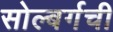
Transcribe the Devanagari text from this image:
सोल्बर्गची